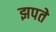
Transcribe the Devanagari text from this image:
झपते